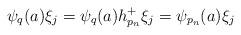
LaTeX: \begin{align*}\psi_q(a) \xi_j = \psi_q(a) h_{p_n}^+ \xi_j = \psi_{p_n}(a) \xi_j\end{align*}